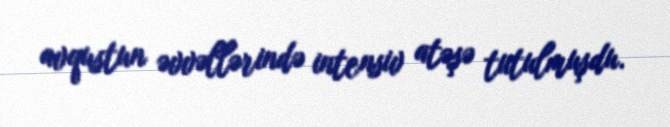
avqustun əvvəllərində intensiv atəşə tutulmuşdu.